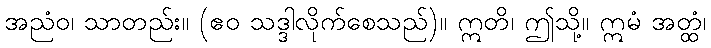
အညံဝ၊ သာတည်း။ (ဧဝ သဒ္ဒါလိုက်စေသည်)။ ဣတိ၊ ဤသို့။ ဣမံ အတ္ထံ၊